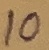
Text: 10